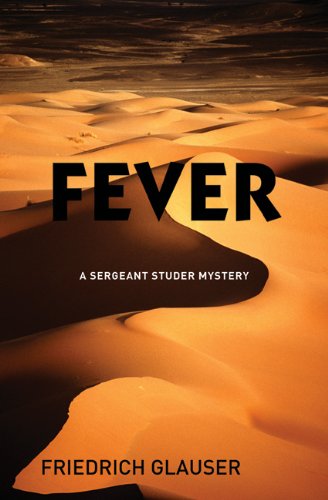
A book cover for Fever (A Sergeant Studer Mystery); Friedrich Glauser; Travel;